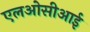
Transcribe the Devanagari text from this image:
एलओसीआई